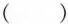
( )